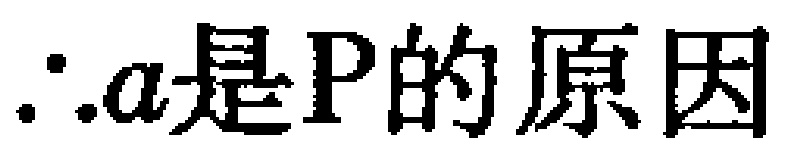
\(\therefore a是P的原因\)